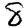
Digit: 8